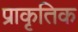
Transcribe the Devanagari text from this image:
प्राकृतिक